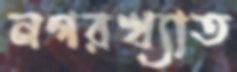
নগরখ্যাত